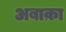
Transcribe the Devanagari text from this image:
अबाक़ा